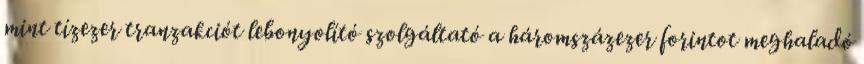
mint tízezer tranzakciót lebonyolító szolgáltató a háromszázezer forintot meghaladó